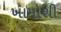
ખામોશી